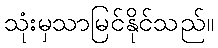
သုံးမှသာမြင်နိုင်သည်။